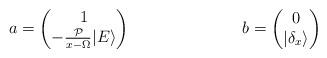
LaTeX: \begin{align*}a&=\begin{pmatrix}1\\-\frac{\mathcal{P}}{x-\Omega}|E\rangle\end{pmatrix}& b&=\begin{pmatrix}0\\|\delta_x\rangle\end{pmatrix}\end{align*}